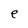
Character: e